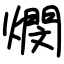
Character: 燘